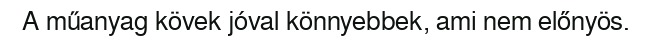
A műanyag kövek jóval könnyebbek, ami nem előnyös.